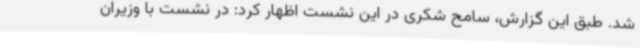
شد. طبق این گزارش، سامح شکری در این نشست اظهار کرد: در نشست با وزیران